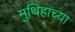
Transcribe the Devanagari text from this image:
मुथिहाच्या